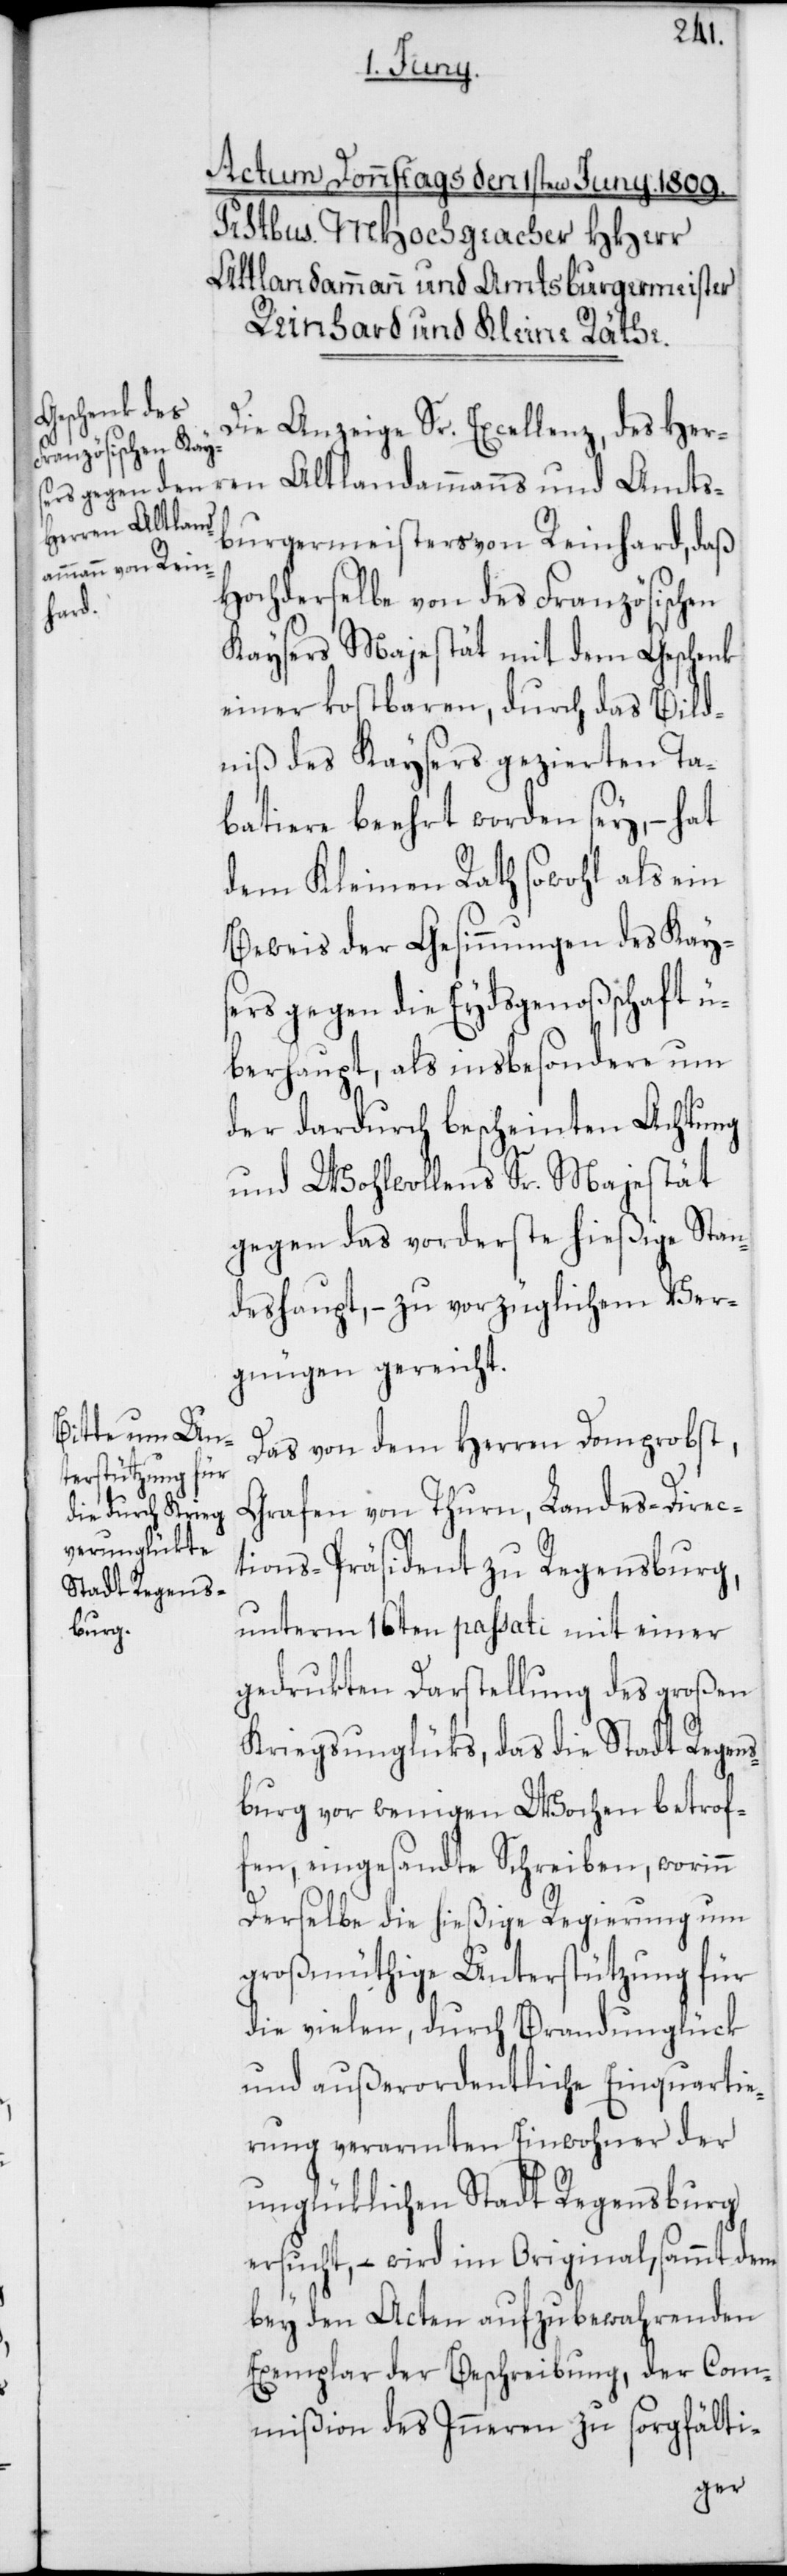
Die Anzeige Sr. Excellenz, des Her¬
ren Altlandammanns und Amts¬
burgermeisters von Reinhard, daß
Hochderselbe von des Französischen
Kaysers Majestät mit dem Geschenk
einer kostbaren, durch das Bild¬
niß des Kaysers gezierte Ta¬
batiere beehrt worden sey, – hat
dem Kleinen Rath sowohl als ein
Beweis der Gesinnungen des Kay¬
sers gegen die Eydsgenoßenschaft ü¬
berhaupt, als insbesondere um
der dardurch bescheinten Achtung
und Wohlwollens Sr. Majestät
gegen das vorderste hießige Stan¬
deshaupt, – zu vorzüglichem Ver¬
gnügen gereicht.
Das von dem Herren Domprobst,
Grafen von Thurn, Landes-Direc¬
tions-Präsident zu Regensburg,
unterm 16ten passati mit einer
gedrukten Darstellung des großen
Kriegsunglüks, das die Stadt Regens¬
burg vor wenigen Wochen betrof¬
fen, eingesandte Schreiben, worinn
Derselbe die hießige Regierung um
großmütige Unterstützung für
die vielen, durch Brandunglück
und außerordentliche Einquartie¬
rung verarmten Einwohner der
unglücklichen Stadt Regensburg
ersucht, – wird im Original, sammt dem
bey den Acten aufzubewahrenden
Exemplar der Beschreibung, der Com¬
mißion des Inneren zu sorgfälti-